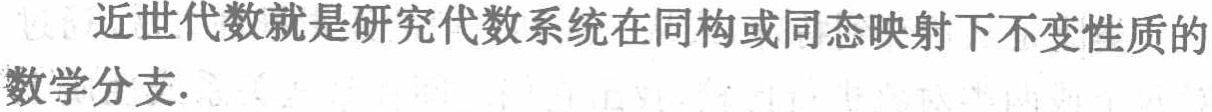
近世代数就是研究代数系统在同构或同态映射下不变性质的数学分支.